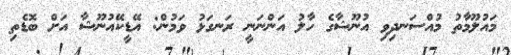
މައުލޫމާތު މުއްސަނދިވި އުނޫޝާގެ ހާލު އަންނަނީ ރަނގަޅު ވަމުން: އޭޑީކޭއުނޫޝާ އަށް ބޮޑެތި